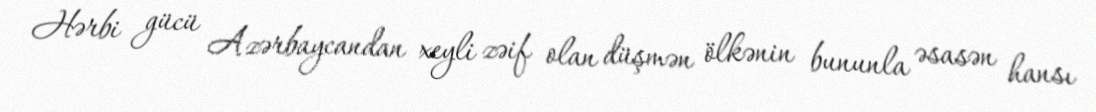
Hərbi gücü Azərbaycandan xeyli zəif olan düşmən ölkənin bununla əsasən hansı